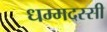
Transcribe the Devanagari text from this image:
धम्मदस्सी